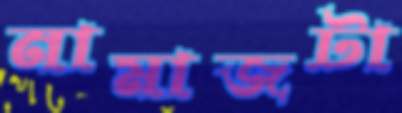
নামাজটা